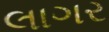
લાગર